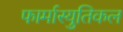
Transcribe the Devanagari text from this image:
फार्मास्युतिकल